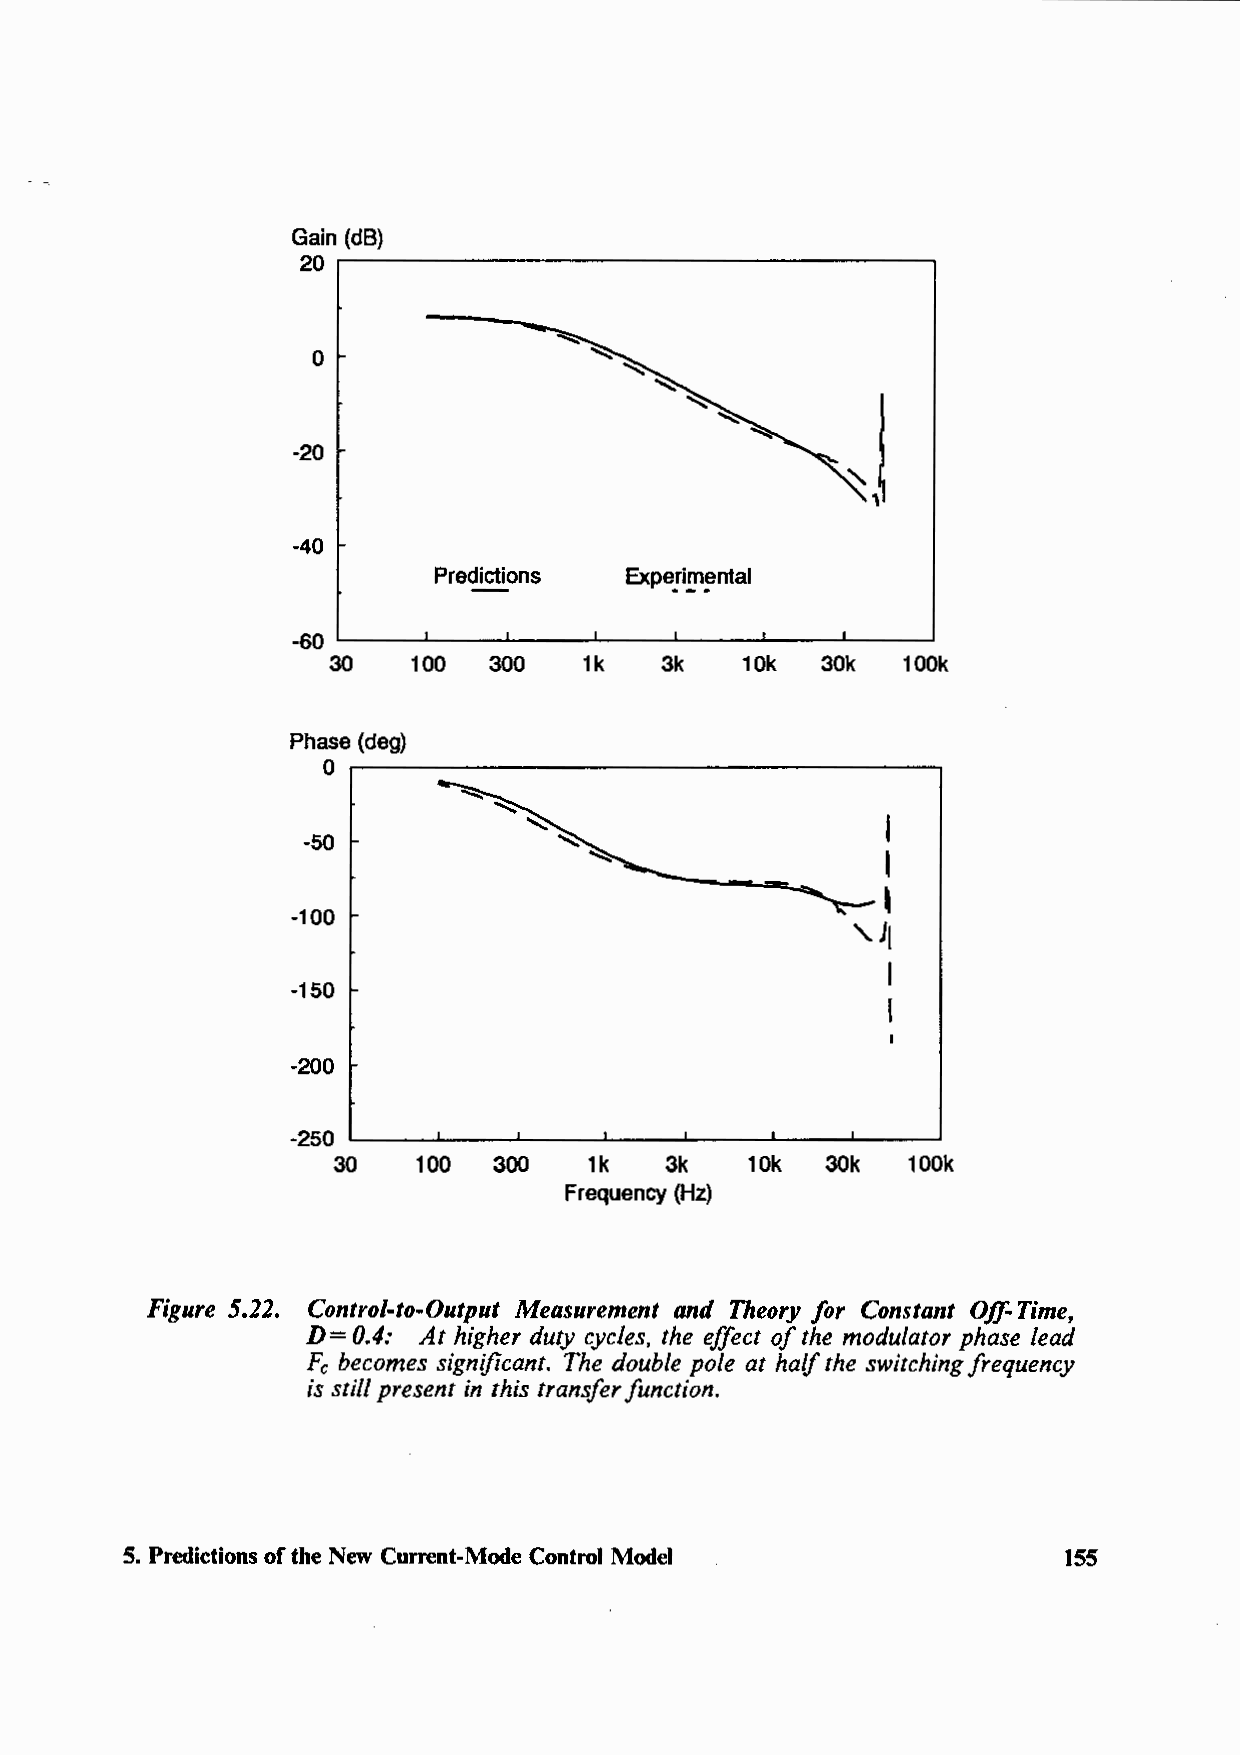
Gain (dB)
 20
 ~
 0
 ~J
 -20
 -40
 Predictions Expe!i!!l~ntal
 -60
 30   100  300    1k   3k   10k  30k   100k
 Phase (deg)
 0
 -::
 I
 -50
 I
 '
 ,1,
 -100
 I
 -150
 I
 -200
 -250
 30    100  300   1k   3k    10k  30k  100k
 Frequency (Hz)
 Figure 5.22. Control-to-Output Measurement and Theory for Constant Off-Time,
 D= 0.4: At higher duty cycles, the effect of the modulator phase lead
 Fe becomes significant. The double pole at half the switching frequency
 is still present in this transfer function.
 5. Predictions of the New Current-Mode Control Model           155